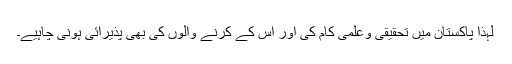
لہذا پاکستان میں تحقیقی وعلمی کام کی اور اُس کے کرنے والوں کی بھی پذیرائی ہونی چاہیے۔